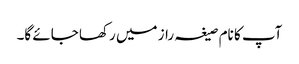
آپ کا نام صیغہ راز میں رکھا جائے گا۔